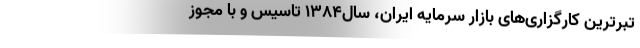
تبرترین کارگزاری‌های بازار سرمایه ایران، سال۱۳۸۴ تاسیس و با مجوز